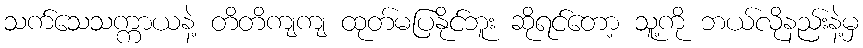
သက်သေသက္ကာယနဲ့ တိတိကျကျ ထုတ်မပြနိုင်ဘူး ဆိုရင်တော့ သူ့ကို ဘယ်လိုနည်းနဲ့မှ